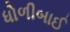
ધોળીબાઈ